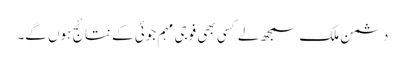
دشمن ملک سمجھ لے کسی بھی فوجی مہم جوئی کے نتائج ہوں گے۔